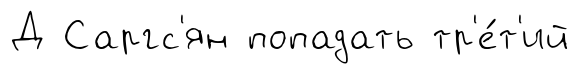
Д Саргс'ян попадать тр'е́т'ий